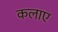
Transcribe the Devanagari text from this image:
कलाए